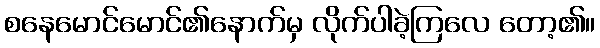
စနေမောင်မောင်၏နောက်မှ လိုက်ပါခဲ့ကြလေ တော့၏။